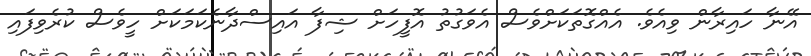
އޭނާ ހައިރާން ވިއެވެ. އެއްގޮތަކަށްވެސް އެވަގުތު އޮފީހަށް ޝިފާ އައިސްދާނެކަމަކަށް ހީވެސް ކުރެވިފައި